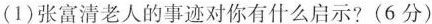
(1)张富清老人的事迹对你有什么启示?(6分)